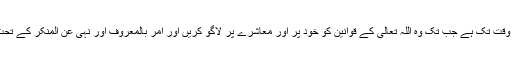
انسانوں میں مسلمانوں کا غلبہ صرف اُس وقت تک ہے جب تک وہ اللہ تعالیٰ کے قوانین کو خود پر اور معاشرے پر لاگو کریں اور امر بالمعروف اور نہی عن المنکر کے تحت ہر قسم کی اخلاقی خوبیوں پر قائم رہیں۔